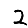
Digit: 2